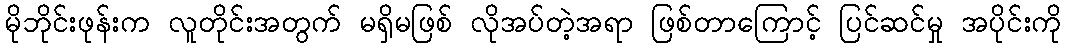
မိုဘိုင်းဖုန်းက လူတိုင်းအတွက် မရှိမဖြစ် လိုအပ်တဲ့အရာ ဖြစ်တာကြောင့် ပြင်ဆင်မှု အပိုင်းကို